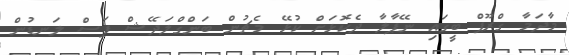
މާދަމާ ގްރޫޕް ބީގައި ނޭޕާލާ ދެކޮޅަށް ކުޅޭ މެޗުން ބަންގްލަދޭޝް ފަސް ލަނޑުން